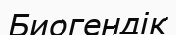
Биогендік